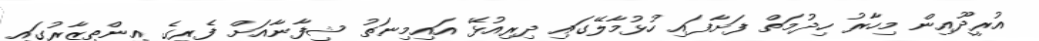
އުރީދޫއިން މިހާރު ހިދުމަތް ފަށާފައި ހުޅުމާލޭގައި ދިރިއުޅޭ އައިމިނަތު ޝިފާނާއަށް ފެރީގެ އިންތިޒާރުގައި